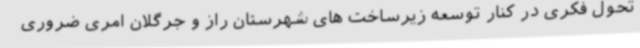
تحول فکری در کنار توسعه زیرساخت های شهرستان راز و جرگلان امری ضروری